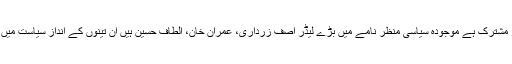
جماعت اسلامی اور اے این پی اگرچہ ندی کے دو کنارے ہیں لیکن سیاست میں شائستگی قدرِ مشترک ہے موجودہ سیاسی منظر نامے میں بڑے لیڈر آصف زرداری، عمران خان، الطاف حسین ہیں ان تینوں کے انداز سیاست میں شائستگی اور معروف اعلیٰ اخلاقی قدروں کا سراغ لگانے کیلئے خوردبین سے کام لینا پڑیگا۔